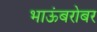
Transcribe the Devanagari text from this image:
भाऊंबरोबर